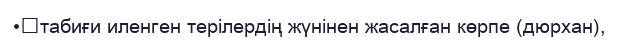
•	табиғи иленген терілердің жүнінен жасалған көрпе (дюрхан),